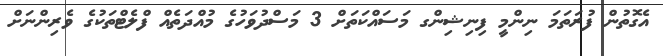
އެގޮތުން ފުރަތަމަ ނިންމީ ފިނިޝިންގ މަސައްކަތަށް 3 މަސްދުވަހުގެ މުއްދަތެއް ފްލެޓްތަކުގެ ވެރިންނަށް